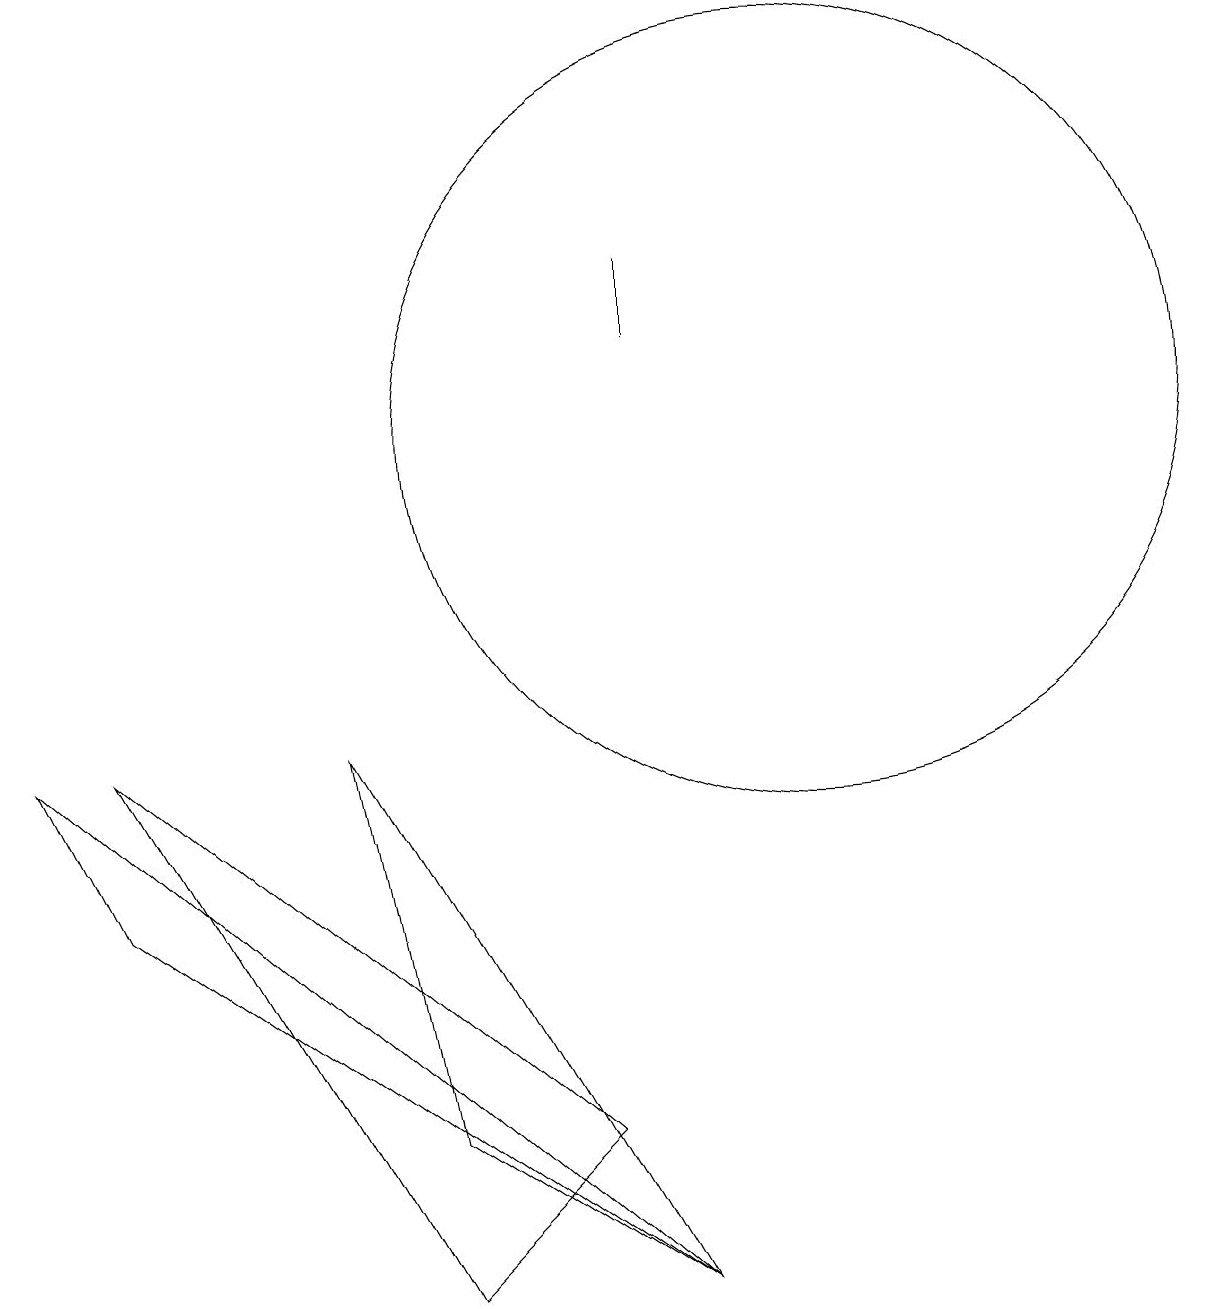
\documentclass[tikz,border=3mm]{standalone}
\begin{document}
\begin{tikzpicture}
\draw (9,12) rectangle (9,13);
\draw (9,0) -- (2,5) -- (1,7) -- cycle;
\draw (5,7) -- (9,0) -- (6,2) -- cycle;
\draw (8,2) -- (6,0) -- (2,7) -- cycle;
\draw (11,11) circle (5);
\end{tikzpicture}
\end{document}